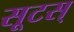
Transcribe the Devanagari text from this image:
सूटस्